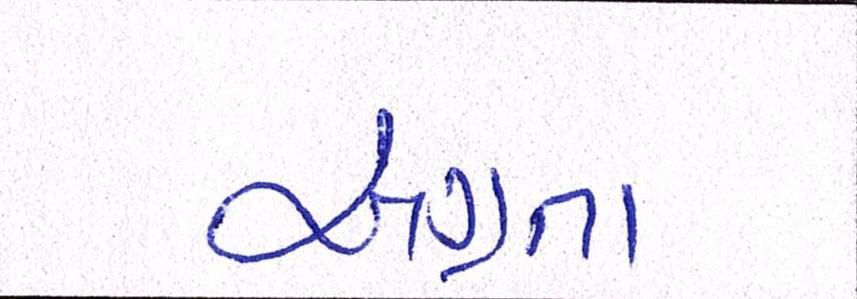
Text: અગ્રતા